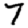
Digit: 7